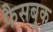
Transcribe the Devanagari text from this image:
फैसबुक